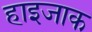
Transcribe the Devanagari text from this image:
हाइजाक